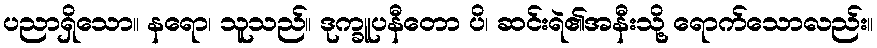
ပညာရှိသော။ နရော၊ သူသည်။ ဒုက္ခူပနီတော ပိ၊ ဆင်းရဲ၏အနီးသို့ ရောက်သောလည်း။